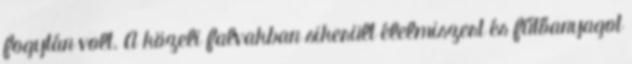
fogytán volt. A közeli falvakban sikerült élelmiszert és fűtőanyagot